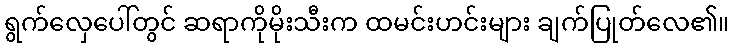
ရွက်လှေပေါ်တွင် ဆရာကိုမိုးသီးက ထမင်းဟင်းများ ချက်ပြုတ်လေ၏။